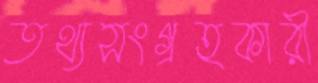
তথ্যসংগ্রহকারী